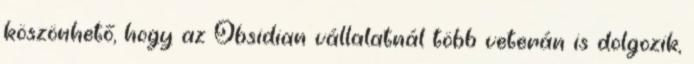
köszönhető, hogy az Obsidian vállalatnál több veterán is dolgozik,